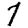
Digit: 7